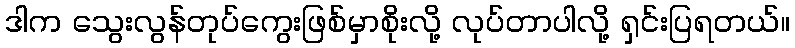
ဒါက သွေးလွန်တုပ်ကွေးဖြစ်မှာစိုးလို့ လုပ်တာပါလို့ ရှင်းပြရတယ်။